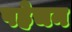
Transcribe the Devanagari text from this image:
पहेचन